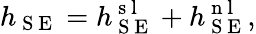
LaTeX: h_{\mathrm{~S~E~}}=h_{\mathrm{~S~E~}}^{\mathrm{~s~l~}}+h_{\mathrm{~S~E~}}^{\mathrm{~n~l~}},